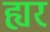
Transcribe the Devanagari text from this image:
ह्यर